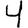
Digit: 4